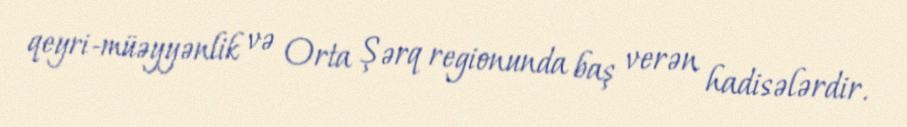
qeyri-müəyyənlik və Orta Şərq regionunda baş verən hadisələrdir.